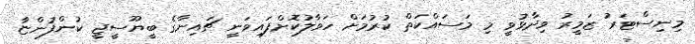
މިނިސްޓަރު ޒަމީރު ވިދާޅުވީ މި މަސައްކަތް ކުރުމަށް ހަވާލުކޮށްފައިވަނީ ޗައިނާގެ ބީޔޫސީޖީ ކުންފުންޏާ